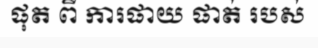
ផុត ពី ការផាយ ផាត់ របស់